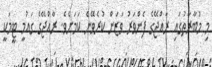
މި މުބާރާތުގައި ރާއްޖޭގެ ފެންވަރު ވަޒަން ކުރެވޭނެ ކަމަށެވެ. ރާއްޖޭގެ ގައުމީ ޓީމަކީ